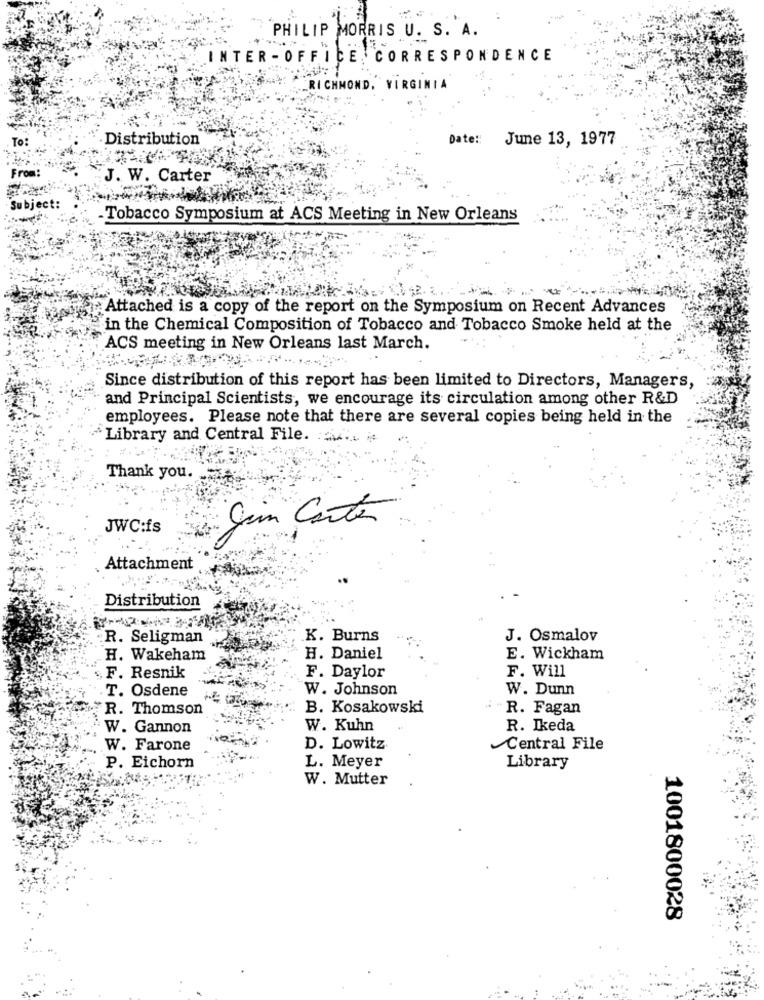
PHILIP MORRIS U. S. A.
INTER - OFFICE , CORRESPONDENCE
RICHMOND, VIRGINIA
To:
Distribution
Date: June 13, 1977
From:
J. W. Carter
Subject:
.Tobacco Symposium at ACS Meeting in New Orleans
Attached is a copy of the report on the Symposium on Recent Advances
in the Chemical Composition of Tobacco and Tobacco Smoke held at the
ACS meeting in New Orleans last March.
Since distribution of this report has been limited to Directors, Managers,
and Principal Scientists, we encourage its circulation among other R&D
employees. Please note that there are several copies being held in the
"Library and Central File. u. i
Thank you.
gin Carta
JWC:fs
Attachment
Distribution
R. Seligman
K. Burns
J. Osmalov
H. Wakeham
H. Daniel
E. Wickham
F. Resnik
F. Daylor
F. Will
T. Osdene
W. Johnson
W. Dunn
R. Thomson
B. Kosakowski
- R. Fagan
W. Gannon
W. Kuhn
R. Ikeda
W. Farone
D. Lowitz
Central File
L. Meyer
P. Eichorn
Library
W. Mutter
1001800028